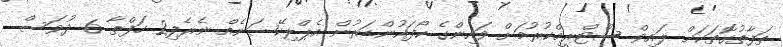
ތަފާތުގޮތަކަށް ލައިވް ސްޓްރީމްކުރުމަށް ވައިންގެ ކޯފައުންޑަރުން އެޕްލިކޭޝަނެއް ނެރެފި2 ހަފްތާ 6 ދުވަސް